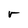
Character: r